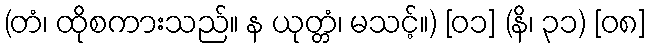
(တံ၊ ထိုစကားသည်။ န ယုတ္တံ၊ မသင့်။) [၀၁] (နိ၊ ၃၁) [၀၈]